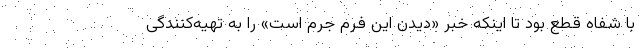
با شفاه قطع بود تا اینکه خبر «دیدن این فرم جرم است» را به تهیه‌کنندگی